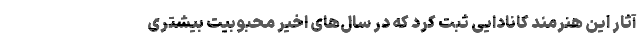
آثار این هنرمند کانادایی ثبت کرد که در سال‌های اخیر محبوبیت بیشتری